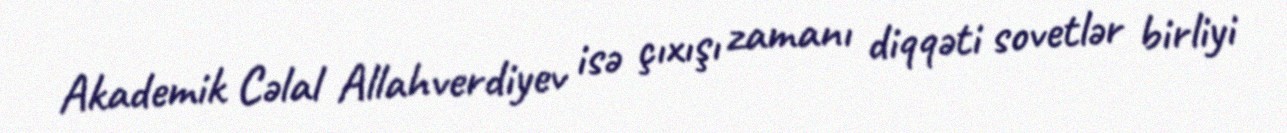
Akademik Cəlal Allahverdiyev isə çıxışı zamanı diqqəti sovetlər birliyi